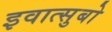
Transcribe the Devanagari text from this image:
इवात्सुबो